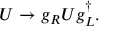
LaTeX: U \rightarrow g _ { R } U g _ { L } ^ { \dagger } .